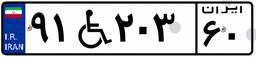
۹۱W۲۰۳۶۰